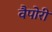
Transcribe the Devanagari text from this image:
वैपोरी